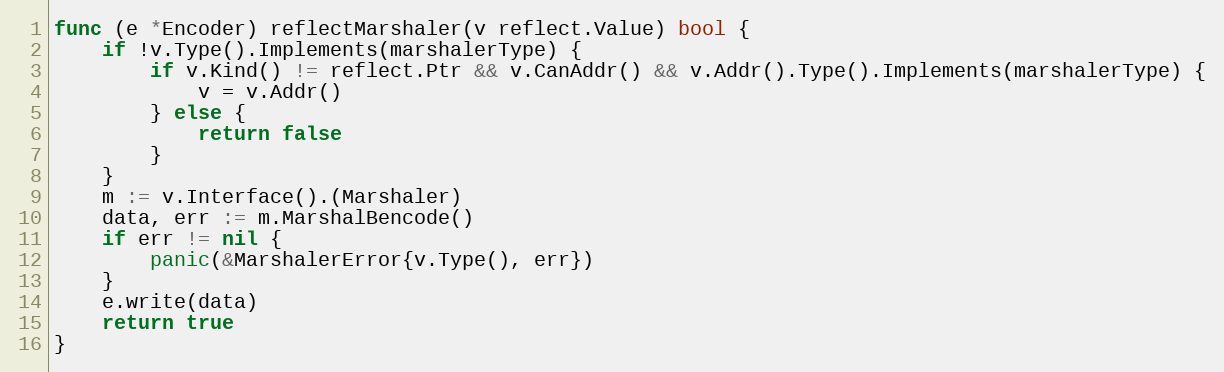
Language: Go
func (e *Encoder) reflectMarshaler(v reflect.Value) bool {
	if !v.Type().Implements(marshalerType) {
		if v.Kind() != reflect.Ptr && v.CanAddr() && v.Addr().Type().Implements(marshalerType) {
			v = v.Addr()
		} else {
			return false
		}
	}
	m := v.Interface().(Marshaler)
	data, err := m.MarshalBencode()
	if err != nil {
		panic(&MarshalerError{v.Type(), err})
	}
	e.write(data)
	return true
}